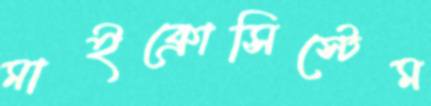
মাইক্রোসিস্টেম